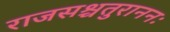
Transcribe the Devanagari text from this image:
राजसश्चतुराननः